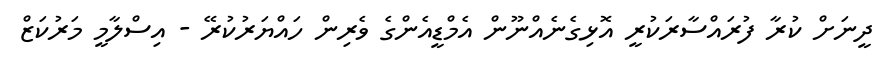
ދީނަށް ކުރާ ފުރައްސާރަކުރީ އޮޅިގެނެއްނޫން އެމްޑީއެންގެ ވެރިން ހައްޔަރުކުރޭ - އިސްލާމީ މަރުކަޒް